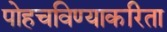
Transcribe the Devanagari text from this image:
पोहचविण्याकरिता